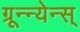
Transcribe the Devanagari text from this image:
ग्रून्न्येन्स्